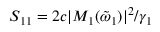
S _ { 1 1 } = 2 c | M _ { 1 } ( \tilde { \omega } _ { 1 } ) | ^ { 2 } / \gamma _ { 1 }